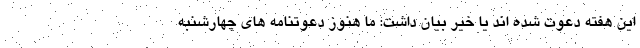
این هفته دعوت شده اند یا خیر بیان داشت: ما هنوز دعوتنامه های چهارشنبه